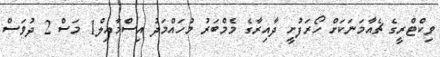
ވިކްޓްރީގެ ޗެއާމަނަކަށް ހޯރަފުށީ ދާއިރާގެ މެމްބަރު މުހައްމަދު އިސްމާއިލް1 މަސް 2 ދުވަސް